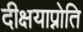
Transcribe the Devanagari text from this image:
दीक्षयाप्नोति